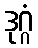
ဒုဂ္ဂံ